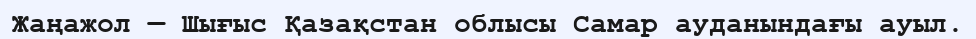
Жаңажол — Шығыс Қазақстан облысы Самар ауданындағы ауыл.